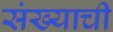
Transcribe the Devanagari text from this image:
संख्याची